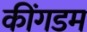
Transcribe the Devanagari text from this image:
कींगडम